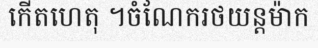
កើតហេតុ ។ចំណែករថយន្តម៉ាក